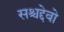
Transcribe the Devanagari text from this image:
सश्चद्देवो